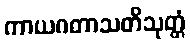
ကာယဂတာသတိသုတ္တံ